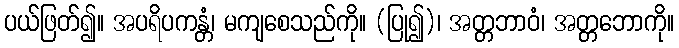
ပယ်ဖြတ်၍။ အပရိပကန္တံ၊ မကျစေသည်ကို။ (ပြု၍)၊ အတ္တဘာဝံ၊ အတ္တဘောကို။